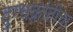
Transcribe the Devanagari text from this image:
दुग्धक्रांतीचा